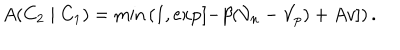
A ( C _ { 2 } \mid C _ { 1 } ) = \min \left( 1 , \exp \left[ - \beta ( \mathcal { V } _ { n } - \mathcal { V } _ { p } ) + A v \right] \right) .